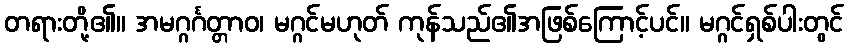
တရားတို့၏။ အမဂ္ဂင်္ဂတ္တာဝ၊ မဂ္ဂင်မဟုတ် ကုန်သည်၏အဖြစ်ကြောင့်ပင်။ မဂ္ဂင်ရှစ်ပါးတွင်